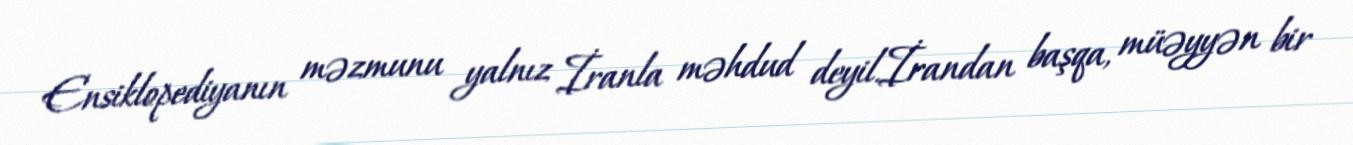
Ensiklopediyanın məzmunu yalnız İranla məhdud deyil.İrandan başqa, müəyyən bir